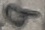
Text: 9